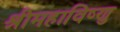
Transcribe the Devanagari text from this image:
श्रीमहाविष्णु